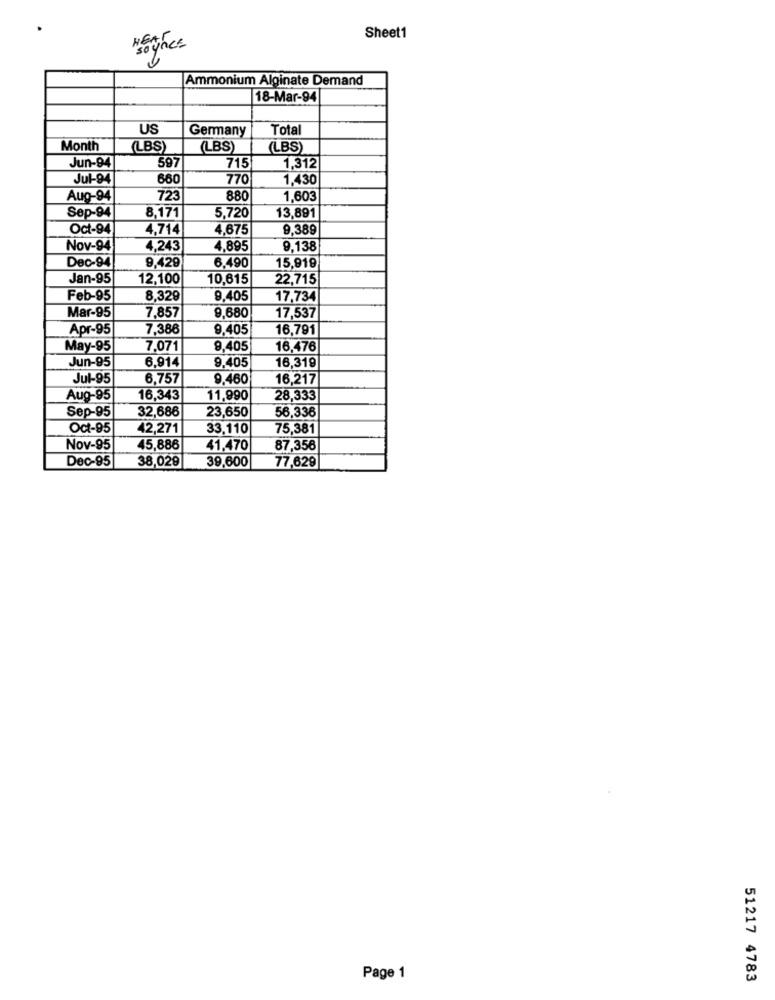
Sheet1
ogher
Ammonium Alginate Demand
18-Mar-94
US
Germany
Total
Month
(LBS)
(LBS)
(LBS)
Jun-94
597
715
1,312
Jul-94
660
770
1,430
Aug-94
723
880
1,603
Sep-94
8,171
5,720
13,891
Oct-94
4,714
4,675
9,389
Nov-94
4,243
4,895
9,138
Dec-94
9,429
6.490
15,919
Jan-95
12,100
10.615
22,715
Feb-95
8,329
9.405
17,734
Mar-95
7,857
9,680
17,537
Apr-95
7,386
9.405
16,791
May-95
7,071
9,405
16,476
Jun-95
6.914
9.405
16,319
Jul-95
6,757
9.460
16,217
Aug-95
16,343
11,990
28,333
Sep-95
32,686
23,650
56,336
Oct-95
42,271
33,110
75,381
Nov-95
45,886
41,470
87,356
Dec-95
38,029
39,600
77,629
Page 1
51217 4783